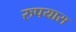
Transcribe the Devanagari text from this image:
रुपयास